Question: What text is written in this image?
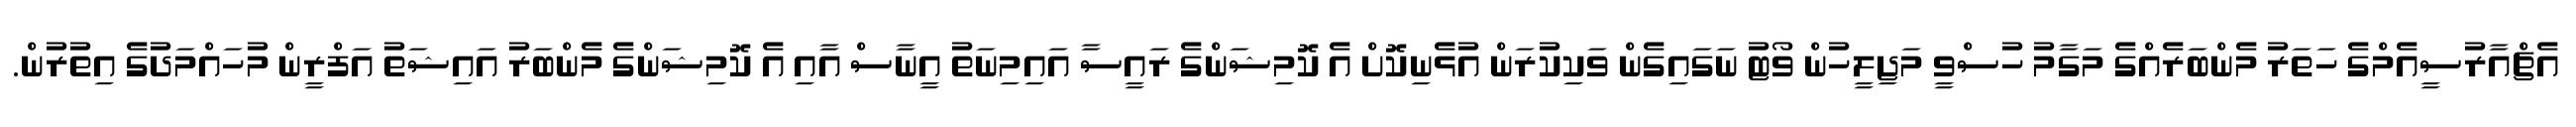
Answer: އެޗްއާރުސީއެމްގެ ހަތަރު މެންބަރެއްގެ މަގާމު ހުސްވީ މަޖިލީހުން ވޯޓު ނަގައިގެން ވަކިކުރަން އުޅެނިކޮށް އެ ކޮމިޝަންގެ ރައީސާ އައިމިނަތު އީނާސް އާއި އެ ކޮމިޝަންގެ މެންބަރު އައިޝަތު އަފްރީން މުހައްމަދުގެ އިތުރުން.